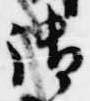
御